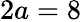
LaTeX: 2a=8